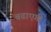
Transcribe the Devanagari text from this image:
बढाएगी